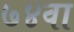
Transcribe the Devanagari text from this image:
७४वा